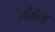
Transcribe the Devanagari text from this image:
वर्घिस